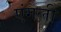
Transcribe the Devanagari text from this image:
एंगली